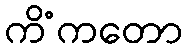
ကိံကတော